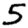
Digit: 5